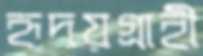
হৃদয়গ্রাহী